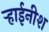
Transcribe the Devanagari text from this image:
र्‍हाईनीश